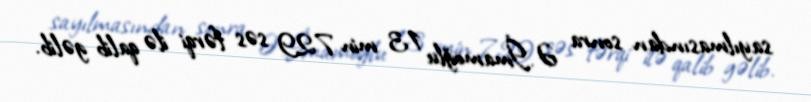
sayılmasından sonra Ə.İmamoğlu 13 min 729 səs fərqi ilə qalib gəlib.